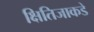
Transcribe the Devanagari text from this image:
क्षितिजाकडे